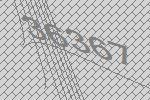
36367